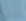
بدء